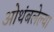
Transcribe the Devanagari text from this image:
ओथंबलेल्या